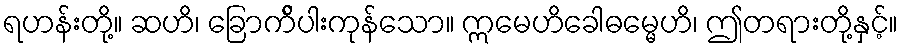
ရဟန်းတို့။ ဆဟိ၊ ခြောက်ိပါးကုန်သော။ ဣမေဟိခေါဓမ္မေဟိ၊ ဤတရားတို့နှင့်။